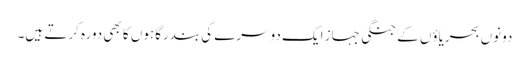
دونوں بحریاؤں کے جنگی جہاز ایک دوسرے کی بندرگاہوں کا بھی دورہ کرتے ہیں۔